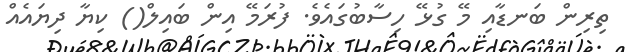
ތިރިން ބަނޑާއި މޭ ގުޅޭ ހިސާބުގައެވެ. ފުރަމޭ އިން ބައިލް() ކިޔާ ދިޔައެއް